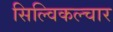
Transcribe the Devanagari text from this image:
सिल्विकल्चार